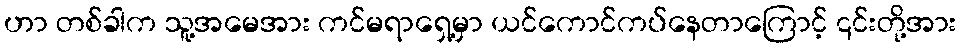
ဟာ တစ်ခါက သူ့အမေအား ကင်မရာရှေ့မှာ ယင်ကောင်ကပ်နေတာကြောင့် ၎င်းတို့အား